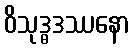
ဝိသုဒ္ဓဒဿနော